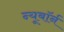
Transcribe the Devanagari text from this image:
न्यूबॉर्न